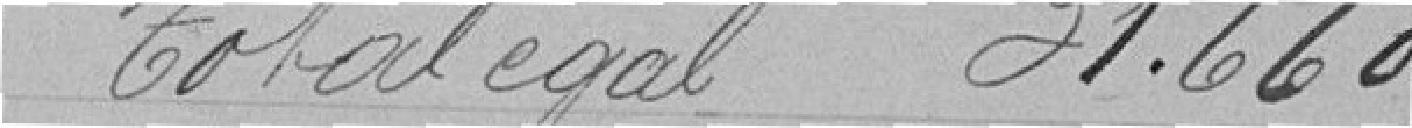
Total égal 31660